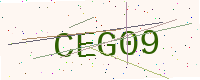
Text: CEG09